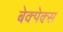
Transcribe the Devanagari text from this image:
बेक्पेक्स